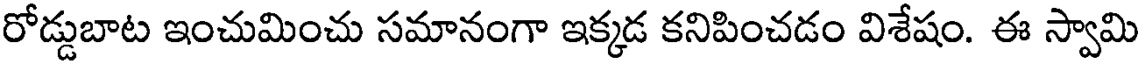
రోడ్డుబాట ఇంచుమించు సమానంగా ఇక్కడ కనిపించడం విశేషం. ఈ స్వామి